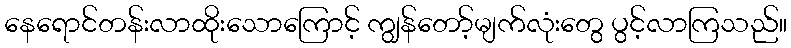
နေရောင်တန်းလာထိုးသောကြောင့် ကျွန်တော့်မျက်လုံးတွေ ပွင့်လာကြသည်။